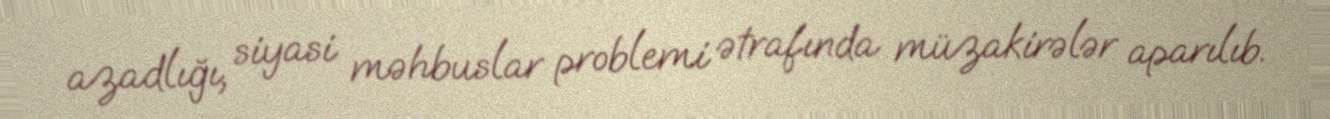
azadlığı, siyasi məhbuslar problemi ətrafında müzakirələr aparılıb.